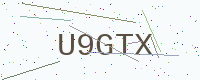
Text: U9GTX